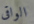
الواقى